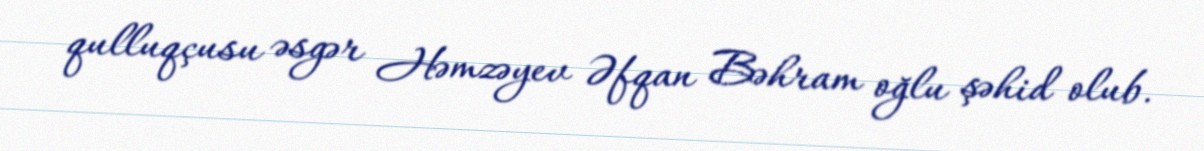
qulluqçusu əsgər Həmzəyev Əfqan Bəhram oğlu şəhid olub.